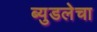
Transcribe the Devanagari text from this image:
ब्युडलेचा